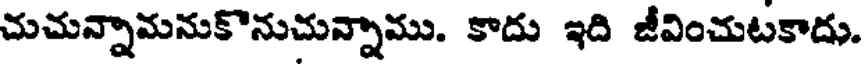
చుచున్నామనుకొనుచున్నాము. కాదు ఇది జీవించుటకాదు.